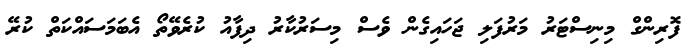
ފޮރިންގް މިނިސްޓަރު މަރުފަލި ޖަހައިގެން ވެސް މިސަރުކާރު ދިފާއު ކުރެވޭތޯ އެބަމަސައްކަތް ކުރޭ